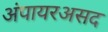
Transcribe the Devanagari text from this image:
अंपायरअसद